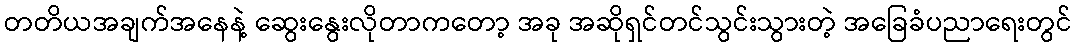
တတိယအချက်အနေနဲ့ ဆွေးနွေးလိုတာကတော့ အခု အဆိုရှင်တင်သွင်းသွားတဲ့ အခြေခံပညာရေးတွင်